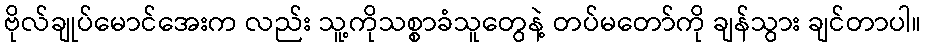
ဗိုလ်ချုပ်မောင်အေးက လည်း သူ့ကိုသစ္စာခံသူတွေနဲ့ တပ်မတော်ကို ချန်သွား ချင်တာပါ။